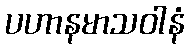
ပဟာနမာသဝါနံ